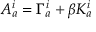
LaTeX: A _ { a } ^ { i } = \Gamma _ { a } ^ { i } + \beta K _ { a } ^ { i }